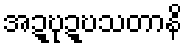
အဍ္ဎုဍ္ဎသတာနိ